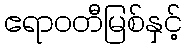
ဧရာဝတီမြစ်နှင့်